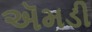
ઍમડી